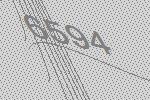
6594